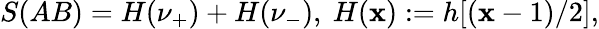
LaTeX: S(AB)=H(\nu_{+})+H(\nu_{-}),~H(\mathbf{x}):=h[\left(\mathbf{x}-1\right)/2],